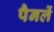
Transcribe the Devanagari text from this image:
पैनलें